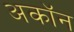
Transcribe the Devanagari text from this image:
अकॉन